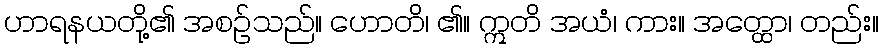
ဟာရနယတို့၏ အစဉ်သည်။ ဟောတိ၊ ၏။ ဣတိ အယံ၊ ကား။ အတ္ထော၊ တည်း။